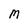
Character: M